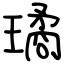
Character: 璚